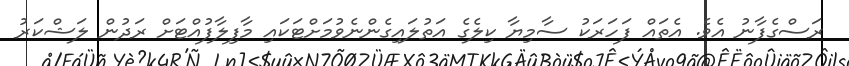
ރަސްގެފާނު އެވެ. އެތައް ފަހަރަކު ސާމިޔާ ކިލެގެ އަތުލައިގެންނެވުމަށްޓަކައި މާފިލާފުއްޓަށް ރަދުން ލަޝްކަރު